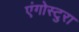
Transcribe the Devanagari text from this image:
एंगोस्टुरा